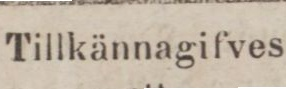
Tillkännagifves